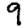
Digit: 9